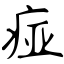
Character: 痖